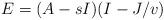
LaTeX: \begin{align*}E=(A-sI)(I-J/v)\end{align*}